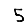
Digit: 5